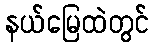
နယ်မြေထဲတွင်